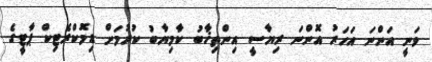
ވަނީ އަންނަ އަހަރު އޮންނަ ރިޔާސީ އިންތިޚާބު ކާމިޔާބު ކުރުމަށް ޑިމޮކްރެޓިކް ޕާޓީގެ